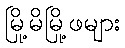
မြို့မိမြို့ဖများ